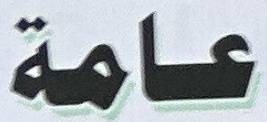
عامة